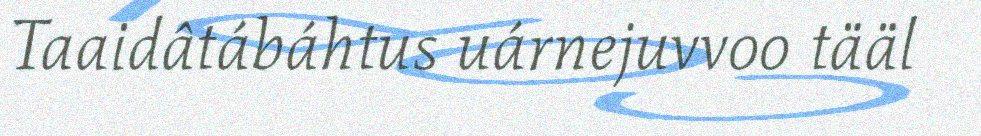
Taaidâtábáhtus uárnejuvvoo tääl